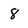
Character: 8